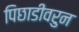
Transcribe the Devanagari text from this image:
पिछाडीवरुन